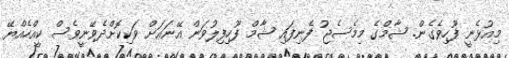
މިއުޅެނީ ފޫހިވެގެން. ޝާމްގެ މިމެސެޖު ފެނިފައި ޝާމް ފޫހިފިލުވަން އޭނައަށް ވަކިކޮށްދެވޭނީވެސް ކީއްހެއްޔޭ